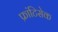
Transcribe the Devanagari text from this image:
फ्रांटिसेक